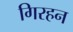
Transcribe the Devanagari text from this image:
गिरहन